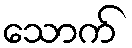
သောက်